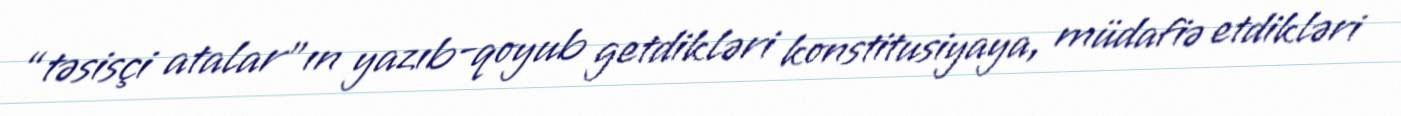
“təsisçi atalar”ın yazıb-qoyub getdikləri konstitusiyaya, müdafiə etdikləri